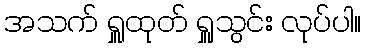
အသက် ရှူထုတ် ရှူသွင်း လုပ်ပါ။